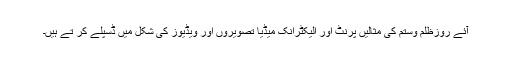
آئے روزظلم وستم کی مثالیں پرنٹ اور الیکٹرانک میڈیا تصویروں اور ویڈیوز کی شکل میں ڈسپلے کر تے ہیں۔